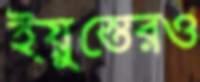
ইয়ুস্তেরও